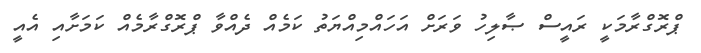
ޕްރޮގްރާމަކީ ރައީސް ޞާލިހު ވަރަށް އަހައްމިއްޔަތު ކަމެއް ދެއްވާ ޕްރޮގްރާމެއް ކަމަށާއި އެއީ